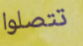
تتصلوا